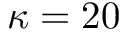
\kappa = 2 0